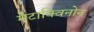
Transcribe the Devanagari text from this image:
मेटाक्विनोन